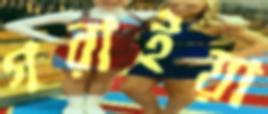
গরাইয়া